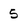
Character: 5